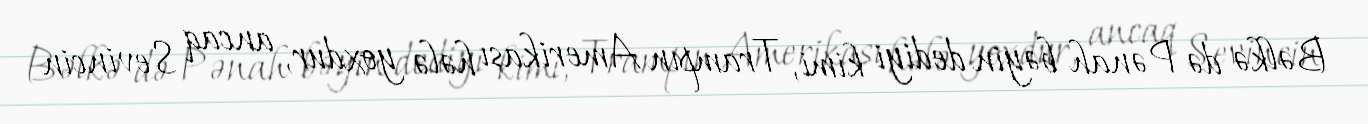
Bəlkə də Pənah bəyin dediyi kimi, Trampın Amerikası hələ yoxdur, ancaq Sevincin